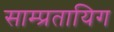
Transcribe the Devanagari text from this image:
साम्प्रतायिग